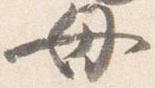
母